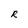
Character: R